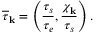
\overline { { \tau } } _ { \bf k } = \left( \frac { \tau _ { s } } { \tau _ { e } } , \frac { \chi _ { \bf k } } { \tau _ { s } } \right) .